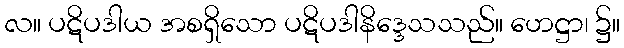
လ။ ပဋိပဒါယ အစရှိသော ပဋိပဒါနိဒ္ဒေသသည်။ ဟေဋ္ဌာ၊ ၌။